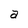
Character: a